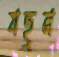
যহুন